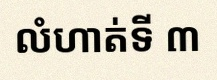
លំហាត់ទី ៣